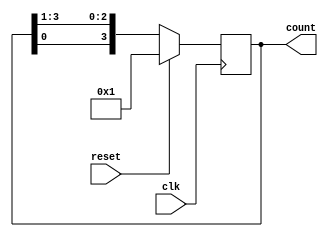
`timescale 1ns / 1ps
module ring_counters(clk,reset,count);
parameter N = 4;
input clk,reset;
output reg [N-1:0]count;

always@(posedge clk)
begin
     if(reset)
            count <= 4'b0001;
      else
            count <= {count[0],count[N-1:1]};         

end
endmodule